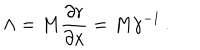
LaTeX: \Lambda = M \frac { \partial r } { \partial x } = M \gamma ^ { - 1 } \, .